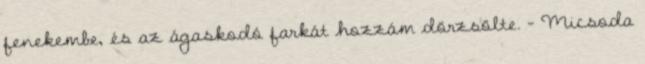
fenekembe, és az ágaskodó farkát hozzám dörzsölte. – Micsoda